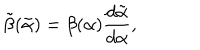
\tilde { \beta } ( \tilde { \alpha } ) = \beta ( \alpha ) \frac { d \tilde { \alpha } } { d \alpha } ,